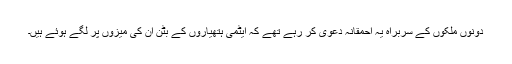
دونوں ملکوں کے سربراہ یہ احمقانہ دعویٰ کر رہے تھے کہ ایٹمی ہتھیاروں کے بٹن ان کی میزوں پر لگے ہوئے ہیں۔